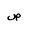
Letter: _sad